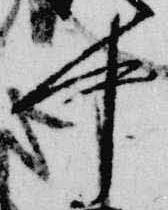
中